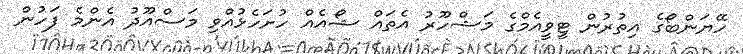
ހޭޔަންބޯގެ އިތުރުން ޓީވީއެމްގެ މަޝްހޫރު އެތައް ޝޯއެއް ހުށަހެޅުއްވި މަސްއޫދު އެންމެ ފަހުން